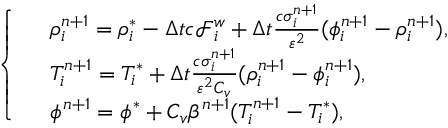
\left\{ \begin{array} { r l } & { \rho _ { i } ^ { n + 1 } = \rho _ { i } ^ { * } - \Delta t c \mathcal { F } _ { i } ^ { w } + \Delta t \frac { c \sigma _ { i } ^ { n + 1 } } { \varepsilon ^ { 2 } } ( \phi _ { i } ^ { n + 1 } - \rho _ { i } ^ { n + 1 } ) , } \\ & { T _ { i } ^ { n + 1 } = T _ { i } ^ { * } + \Delta t \frac { c \sigma _ { i } ^ { n + 1 } } { \varepsilon ^ { 2 } C _ { v } } ( \rho _ { i } ^ { n + 1 } - \phi _ { i } ^ { n + 1 } ) , } \\ & { \phi ^ { n + 1 } = \phi ^ { * } + C _ { v } \beta ^ { n + 1 } ( T _ { i } ^ { n + 1 } - T _ { i } ^ { * } ) , } \end{array} \right.